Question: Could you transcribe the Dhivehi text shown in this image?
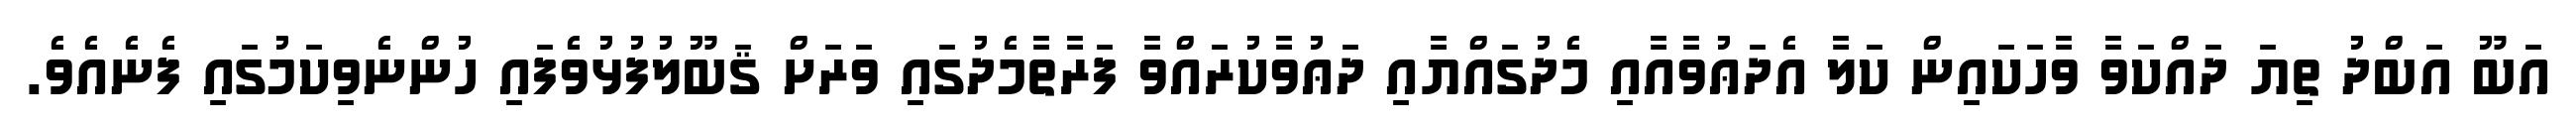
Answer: އަބޫ އަބްދު ތިޔަ ދައްކަވާ ވާހަކައިން ކަލާ އެދަޢުވާއާއި މެދުގައްޔާއި ދަޢުވާކުރައްވާ ފަރާތާމެދުގައި ވަރަށް ޤަބޫލުފުޅުވެފައި ހުންނެވިކަމުގައި ފެނެއެވެ.